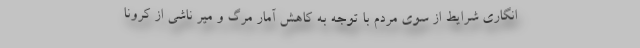
انگاری شرایط از سوی مردم با توجه به کاهش آمار مرگ و میر ناشی از کرونا